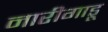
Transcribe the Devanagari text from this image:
नारीगाडू